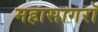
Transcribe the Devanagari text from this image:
महासागरॉ